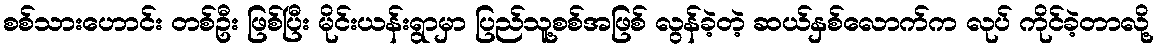
စစ်သားဟောင်း တစ်ဦး ဖြစ်ပြီး မိုင်းယန်းရွာမှာ ပြည်သူ့စစ်အဖြစ် လွန်ခဲ့တဲ့ ဆယ်နှစ်လောက်က လုပ် ကိုင်ခဲ့တာလို့